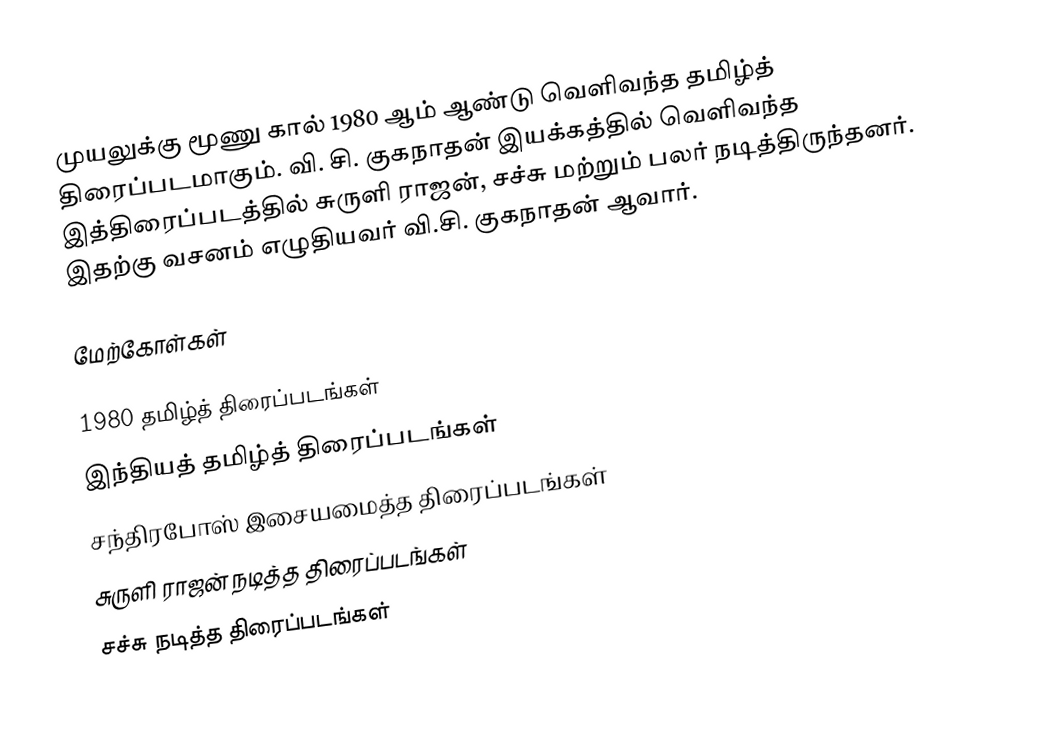
முயலுக்கு மூணு கால் 1980 ஆம் ஆண்டு வெளிவந்த தமிழ்த் திரைப்படமாகும். வி. சி. குகநாதன் இயக்கத்தில் வெளிவந்த இத்திரைப்படத்தில் சுருளி ராஜன், சச்சு மற்றும் பலர் நடித்திருந்தனர். இதற்கு வசனம் எழுதியவர் வி.சி. குகநாதன் ஆவார்.

மேற்கோள்கள்

1980 தமிழ்த் திரைப்படங்கள்
இந்தியத் தமிழ்த் திரைப்படங்கள்
சந்திரபோஸ் இசையமைத்த திரைப்படங்கள்
சுருளி ராஜன் நடித்த திரைப்படங்கள்
சச்சு நடித்த திரைப்படங்கள்